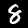
Label: 8